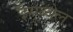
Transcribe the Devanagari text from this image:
इमूब्येल